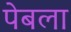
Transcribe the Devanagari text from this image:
पेबला